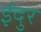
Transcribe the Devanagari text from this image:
इंदुर